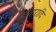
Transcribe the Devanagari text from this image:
प्रस्तारादि